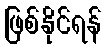
ဖြစ်နိုင်ရန်